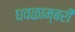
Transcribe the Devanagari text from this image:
धवळाम्बरी